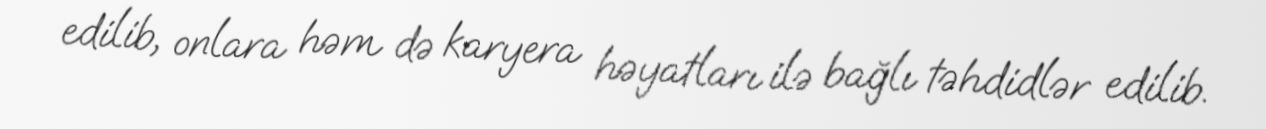
edilib, onlara həm də karyera həyatları ilə bağlı təhdidlər edilib.